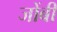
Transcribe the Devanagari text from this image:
जोंबी